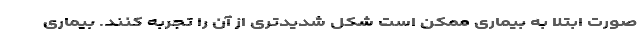
صورت ابتلا به بیماری ممکن است شکل شدیدتری از آن را تجربه کنند. بیماری